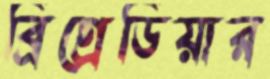
ব্রিগ্রেডিয়ার